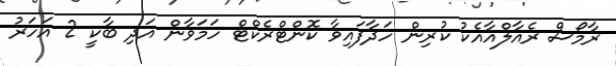
ރާމޯސް ރެއާލްއާއެކު ކުރިން ހަދާފައިވާ ކޮންޓްރެކްޓް ހަމަވާން އަދި ބާކީ 2 އަހަރު